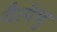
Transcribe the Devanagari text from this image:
चैत्येषु